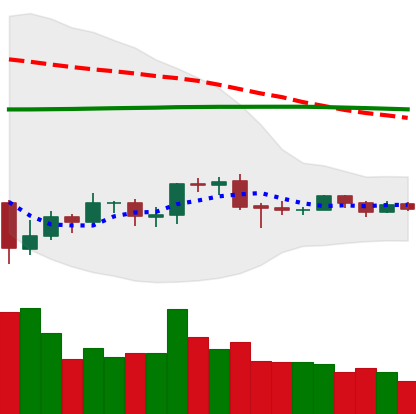
Ticker: EOS-USD
Chart end date: 2019-08-04
Forward return: -7.895%
Label: down_7plus